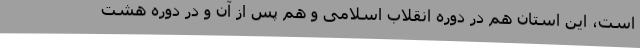
است، این استان هم در دوره انقلاب اسلامی و هم پس از آن و در دوره هشت